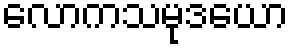
လောကသမုဒယော